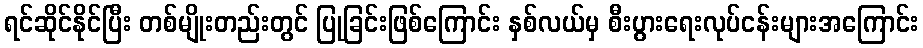
ရင်ဆိုင်နိုင်ပြီး တစ်မျိုးတည်းတွင် ပြုခြင်းဖြစ်ကြောင်း နှစ်လယ်မှ စီးပွားရေးလုပ်ငန်းများအကြောင်း